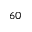
6 0